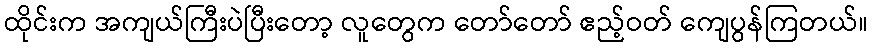
ထိုင်းက အကျယ်ကြီးပဲပြီးတော့ လူတွေက တော်တော် ဧည့်ဝတ် ကျေပွန်ကြတယ်။